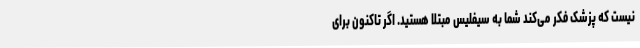
نیست که پزشک فکر می‌کند شما به سیفلیس مبتلا هستید. اگر تاکنون برای